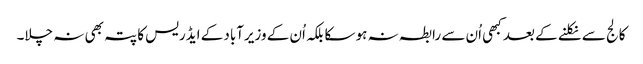
کالج سے نکلنے کے بعد کبھی اُن سے رابطہ نہ ہو سکا بلکہ اُن کے وزیرآباد کے ایڈریس کا پتہ بھی نہ چلا۔